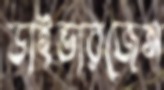
ডাইভারজেন্স